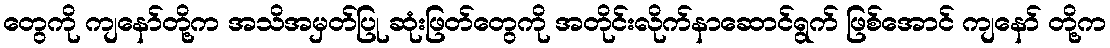
တွေကို ကျနော်တို့က အသိအမှတ်ပြု ဆုံးဖြတ်တွေကို အတိုင်းလိုက်နာဆောင်ရွက် ဖြစ်အောင် ကျနော် တို့က